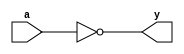
module cmos_not_gate(
    input wire a,
    output reg y
);

// PMOS transistor is ON
assign y = ~a;

endmodule